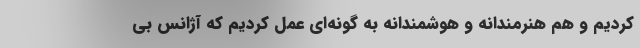
کردیم و هم هنرمندانه و هوشمندانه به گونه‌ای عمل کردیم که آژانس بی